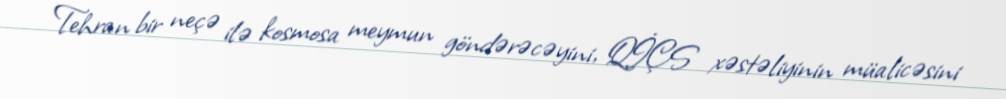
Tehran bir neçə ilə kosmosa meymun göndərəcəyini, QİÇS xəstəliyinin müalicəsini